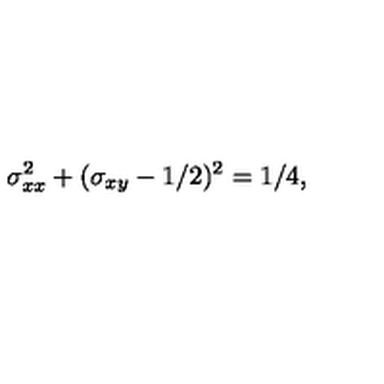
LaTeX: \sigma _ { x x } ^ { 2 } + ( \sigma _ { x y } - 1 / 2 ) ^ { 2 } = 1 / 4 ,